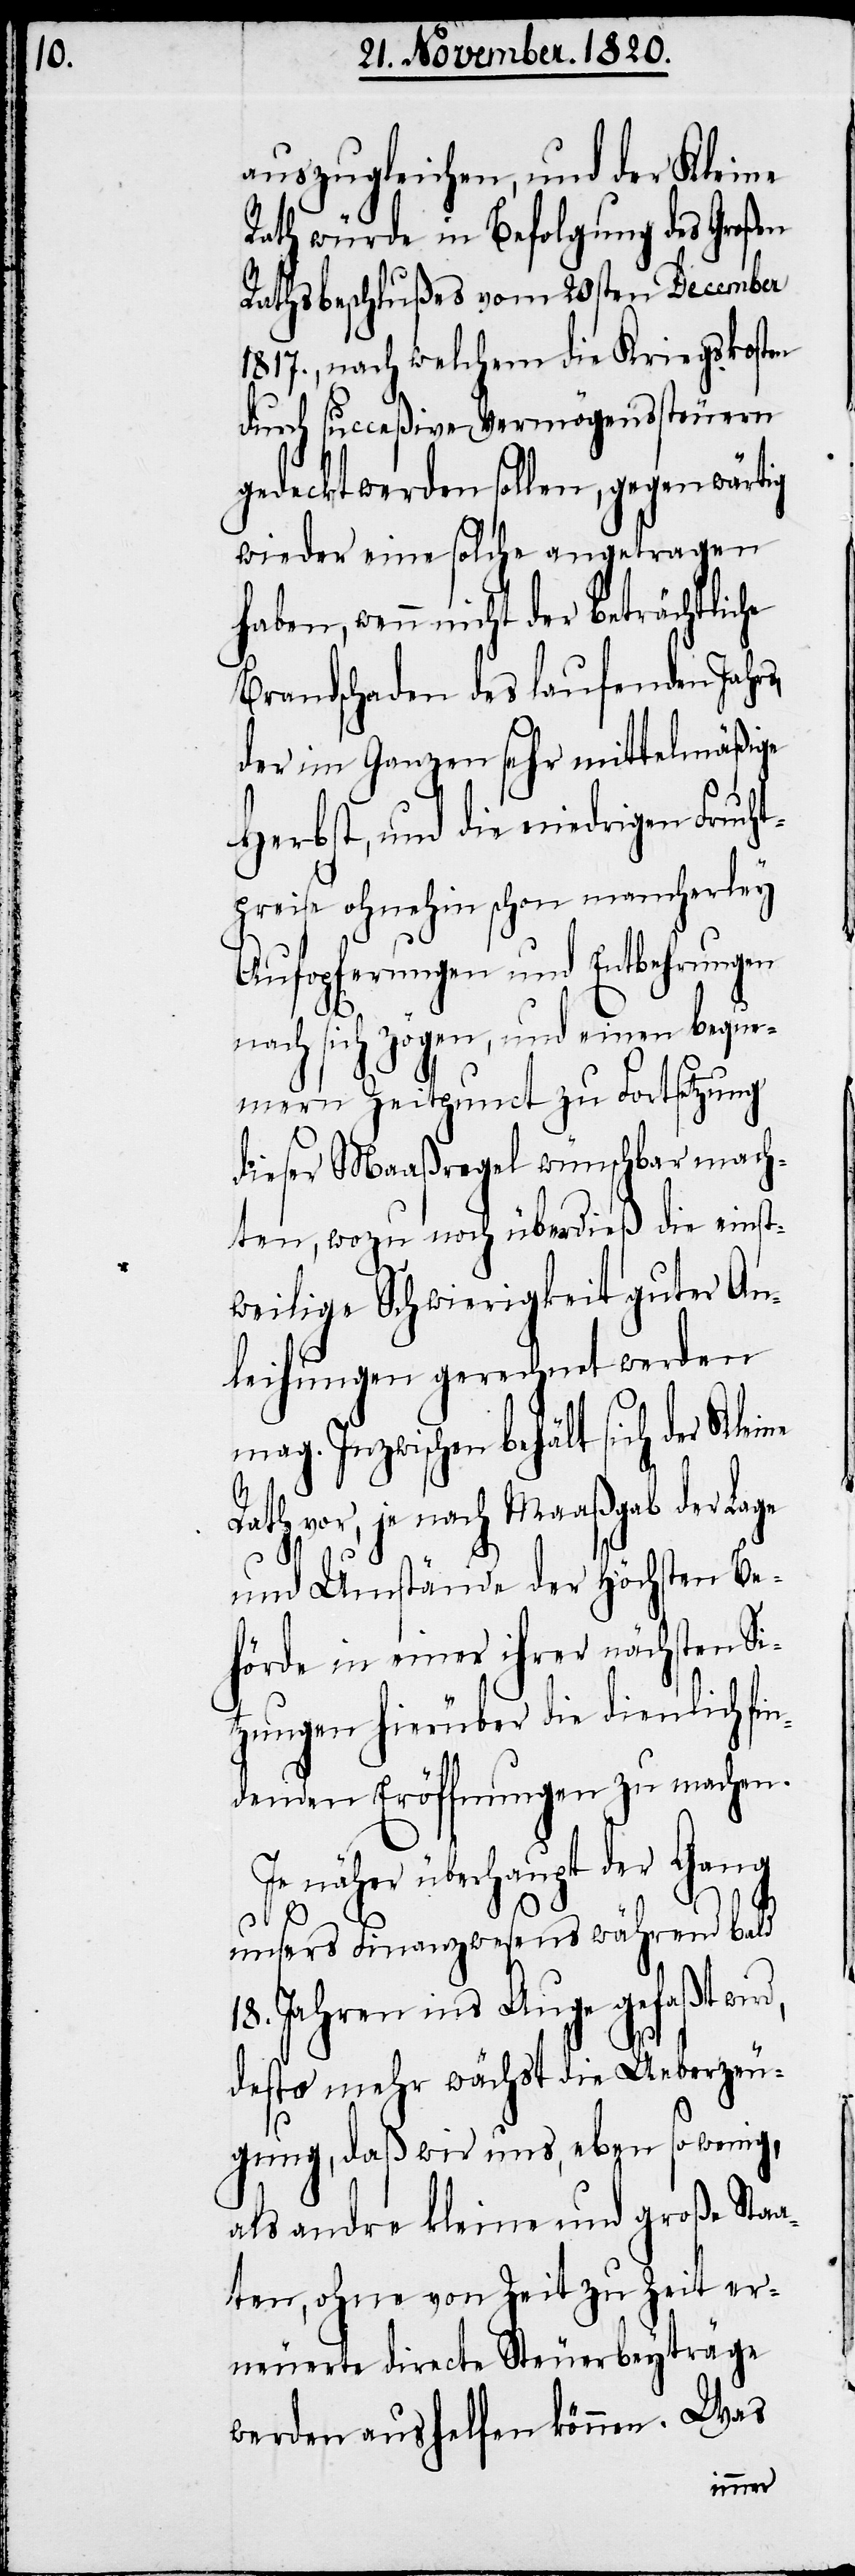
auszugleichen, und der Kleine
Rath würde in Befolgung des großen
Rathsbeschlußes vom 20sten December
1817., nach welchem die Kriegskosten
durch succeßive Vermögenssteuern
gedeckt werden sollen, gegenwärtig
wieder eine solche angetragen
haben, wenn nicht der beträchtliche
Brandschaden des laufenden Jahr¬
der im Ganzen sehr mittelmäßige
Herbst, und die niedrigen Frucht¬
preise ohnehin schon mancherley
Aufopferungen und Entbehrungen
nach sich zögen, und einen beque¬
mern Zeitpunct zu Fortsetzung
dieser Maaßregel wünschbar mach¬
ten, wozu noch überdieß die einst¬
weilige Schwierigkeit guter An¬
leihungen gerechnet werden
mag. Inzwischen behält sich der Kle¬
Rath vor, je nach Maaßgab der Lage
und Umstände der höchsten Be¬
hörde in einer ihrer nächsten Sit¬
zungen hierüber die dienlich fi¬
ndenden Eröffnungen zu machen.
näher überhaupt der Gang
unsers Finanzwesens während bald
18. Jahren ins Auge gefaßt wird,
desto mehr wächst die Ueberzeu¬
gung, daß wir uns, eben so wenig,
als andre kleine und große Staa¬
ten, ohne von Zeit zu Zeit er¬
neuerte directe Steuerbeyträge
werden aushelfen können. Was
ine